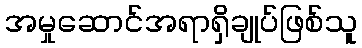
အမှုဆောင်အရာရှိချုပ်ဖြစ်သူ